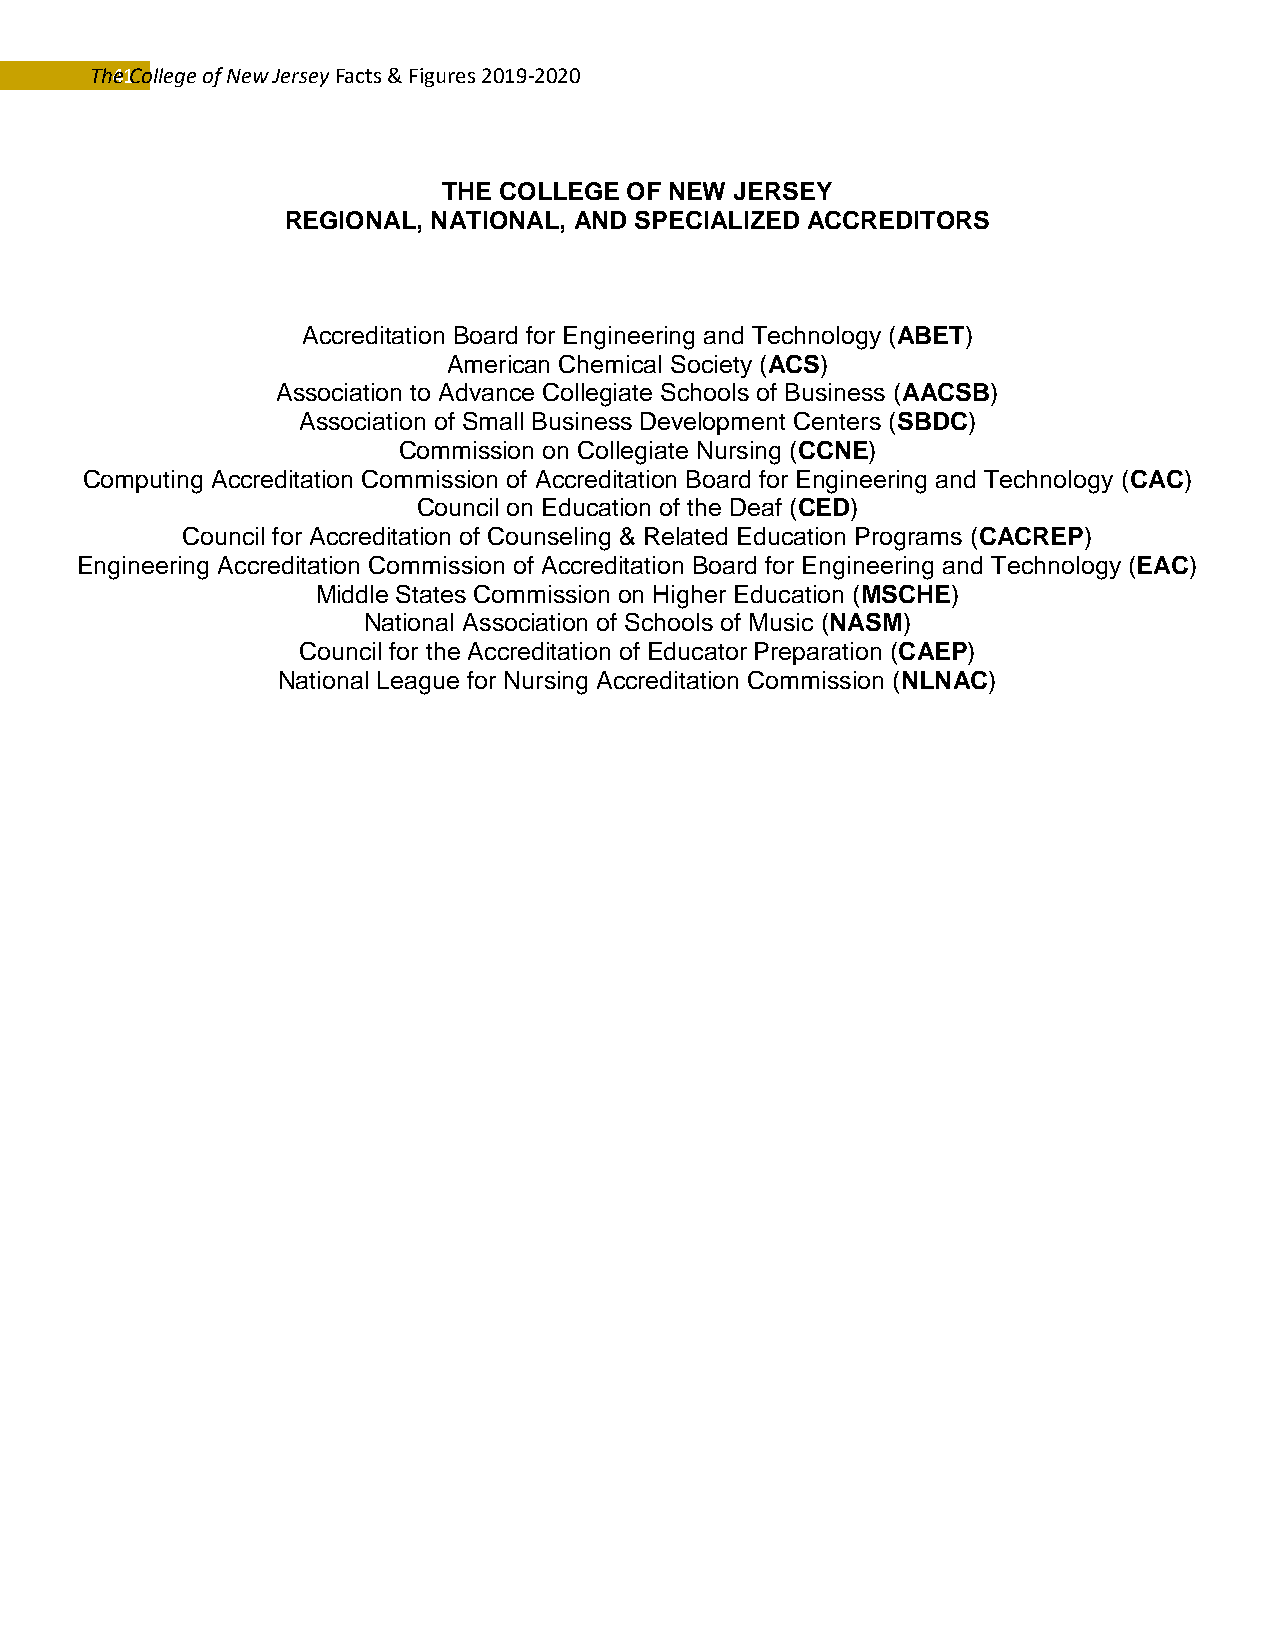
Th4e1 C ollege of New Jersey Facts & Figures 2019-2020
 THE COLLEGE  OF NEW JERSEY
 REGIONAL, NATIONAL, AND SPECIALIZED ACCREDITORS
 Accreditation Board for Engineering and Technology (ABET)
 American Chemical Society (ACS)
 Association to Advance Collegiate Schools of Business (AACSB)
 Association of Small Business Development Centers (SBDC)
 Commission on Collegiate Nursing (CCNE)
 Computing Accreditation Commission of Accreditation Board for Engineering and Technology (CAC)
 Council on Education of the Deaf (CED)
 Council for Accreditation of Counseling & Related Education Programs (CACREP)
 Engineering Accreditation Commission of Accreditation Board for Engineering and Technology (EAC)
 Middle States Commission on Higher Education (MSCHE)
 National Association of Schools of Music (NASM)
 Council for the Accreditation of Educator Preparation (CAEP)
 National League for Nursing Accreditation Commission (NLNAC)